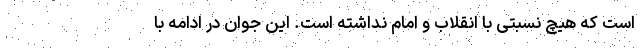
است که هیچ نسبتی با انقلاب و امام نداشته است. این جوان در ادامه با